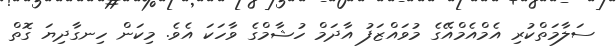
ސަލާމަތްކުރި އެމްއެމްއޭގެ މުވައްޒަފު އާދަމް ހުޝާމްގެ ވާހަކަ އެވެ. މިކަން ހިނގާދިޔަ ގޮތް